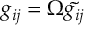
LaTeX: g _ { i j } = \Omega \tilde { g _ { i j } }